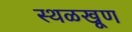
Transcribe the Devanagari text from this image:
स्थळखूण